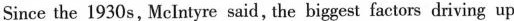
Since the 1930 s, McIntyre said, the biggest factors driving up